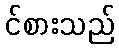
င်စားသည်